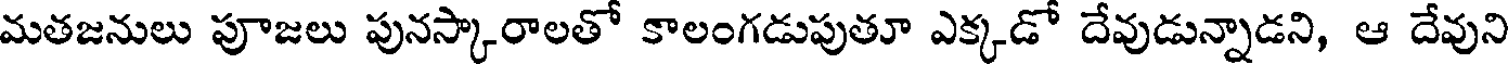
మతజనులు పూజలు పునస్కారాలతో కాలంగడుపుతూ ఎక్కడో దేవుడున్నాడని, ఆ దేవుని